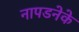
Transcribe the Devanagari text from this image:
नापडनेके